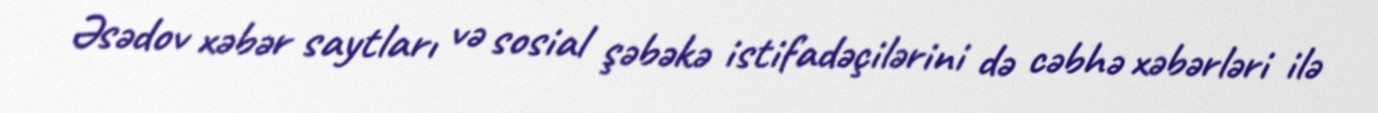
Əsədov xəbər saytları və sosial şəbəkə istifadəçilərini də cəbhə xəbərləri ilə